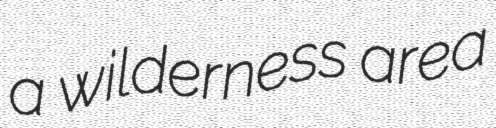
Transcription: a wilderness area